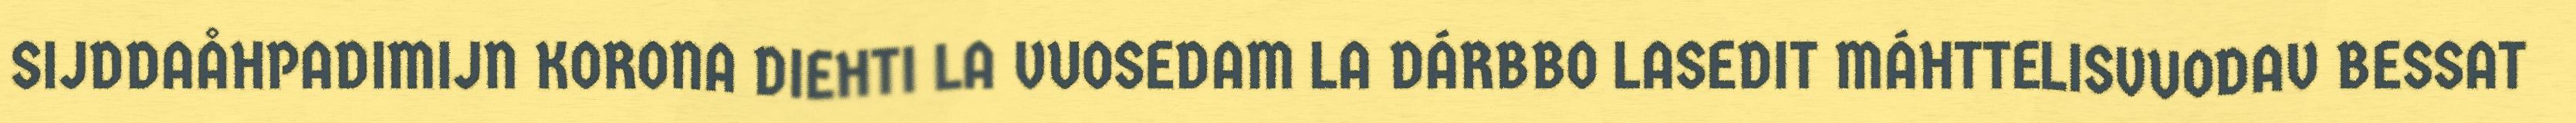
SIJDDAÅHPADIMIJN KORONA DIEHTI LA VUOSEDAM LA DÁRBBO LASEDIT MÁHTTELISVUODAV BESSAT